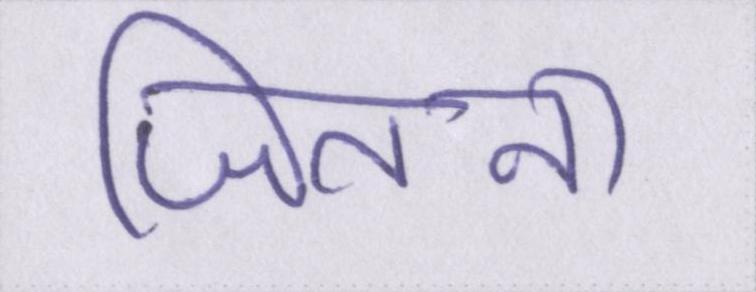
जितना